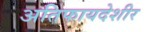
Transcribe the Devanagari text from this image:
अतिफायदेशीर